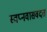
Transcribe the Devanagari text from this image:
स्वप्नवासवदत्त